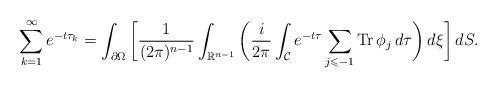
LaTeX: \begin{align*} \sum_{k=1}^{\infty} e^{-t\tau_k} = \int_{\partial \Omega} \bigg[ \frac{1}{(2\pi)^{n-1}} \int_{\mathbb{R}^{n-1}} \bigg( \frac{i}{2\pi}\int_{\mathcal{C}} e^{-t\tau} \sum_{j \leqslant -1} \operatorname{Tr} \phi_{j} \,d\tau \bigg) \,d\xi \bigg] \,dS.\end{align*}